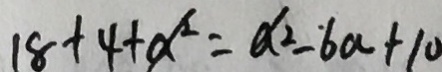
1 8 + 4 + a ^ { 2 } = a ^ { 2 } - 6 a + 1 0